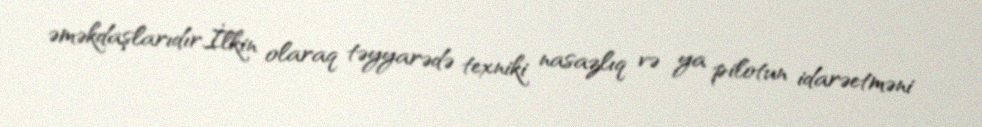
əməkdaşlarıdır.İlkin olaraq təyyarədə texniki nasazlıq və ya pilotun idarəetməni